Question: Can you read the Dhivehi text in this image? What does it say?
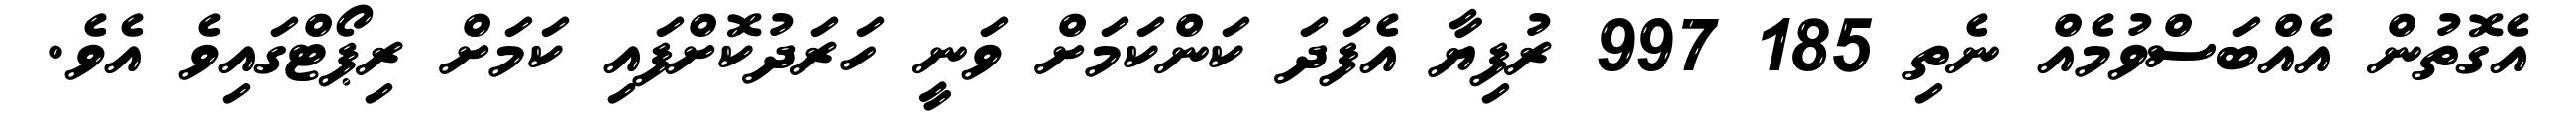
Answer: އެގޮތުން އެއްބަސްވުމެއް ނެތި 185 997 ރުފިޔާ އެފަދަ ކަންކަމަށް ވަނީ ހަރަދުކޮށްފައި ކަމަށް ރިޕޯޓްގައިވެ އެވެ.